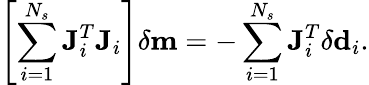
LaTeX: \left[\sum_{i=1}^{N_{s}}\mathbf{J}_{i}^{T}\mathbf{J}_{i}\right]\delta\mathbf{m}=-\sum_{i=1}^{N_{s}}\mathbf{J}_{i}^{T}\delta\mathbf{d}_{i}.